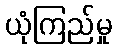
ယုံကြည်မှု